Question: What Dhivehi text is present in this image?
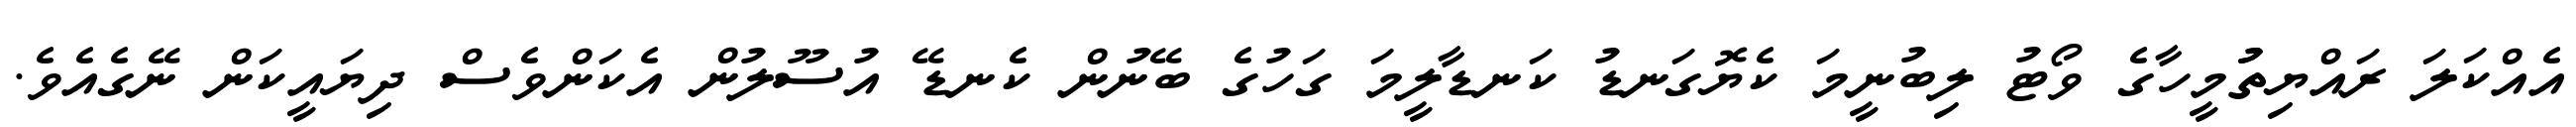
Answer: އެއްކަލަ ރައްޔިތުުމީހާގެ ވޯޓު ލިބުނީމަ ކެޔޮގަނޑު ކަނޑާލީމަ ގަހުގެ ބޭނުން ކެނޑޭ އުސޫލުން އެކަންވެސް ދިޔައީކަން ނޭގެއެވެ.